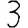
Digit: 3